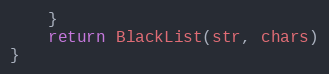
Language: Go
	}
	return BlackList(str, chars)
}